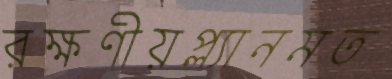
রক্ষণীয়প্ল্যানমত